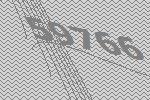
59766